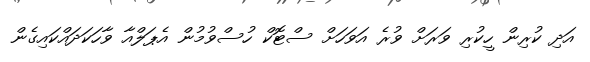
އަދި ކުރިން ހީކުރި ވަރަށް ވުރެ އަވަހަށް ސްޓޮކް ހުސްވުމުން އެޕަލްއާ ވާހަކަދައްކައިގެން